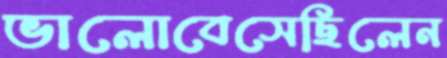
ভালোবেসেছিলেন